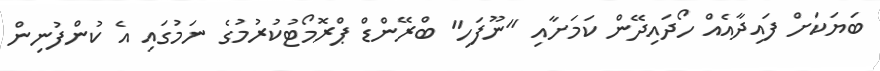
ބަޔަކަށް ފައިދާއެއް ހޯދައިދޭން ކަމަށާއި "ނޫފަހި" ބްރޭންޑް ޕްރޮމޯޓުކުރުމުގެ ނަމުގައި އެ ކުންފުނިން